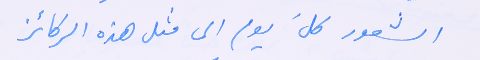
الشعور كلَ يوم الى مثل هذه الركائز